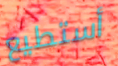
أستطيع